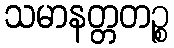
သမာနတ္တတဉ္စ